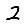
Digit: 2